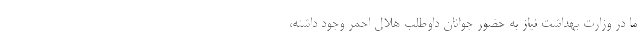
ما در وزارت بهداشت نیاز به حضور جوانان داوطلب هلال احمر وجود داشته،